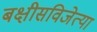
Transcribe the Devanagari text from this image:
बक्षीसविजेत्या